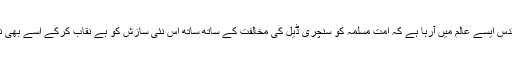
اس بار یوم القدس ایسے عالم میں آرہا ہے کہ امت مسلمہ کو سنچری ڈیل کی مخالفت کے ساتھ ساتھ اس نئی سازش کو بے نقاب کرکے اسے بھی ناکام بنانا ہے۔